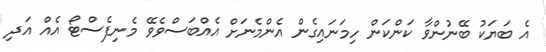
އެ ބަޔަކު ބޭނުންވާ ކަންކަން ހިމަނައިގެން އެންމެނަށް އެއްބަސްވެވޭ މެނިފެސްޓޯ އެއް އަދި